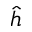
\hat { h }